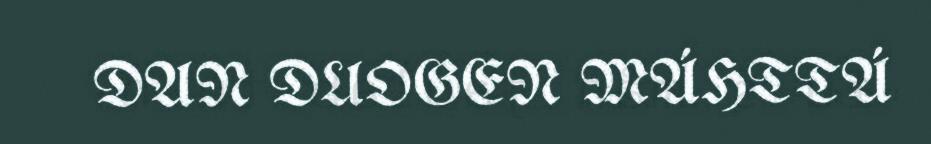
DAN DUOGEN MÁHTTÁ